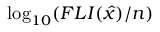
\log _ { { 1 0 } } ( F L I ( \hat { { x } } ) / n )